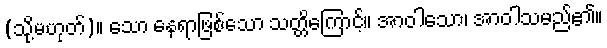
(သို့မဟုတ်)။ သော နေရာဖြစ်သော သတ္တိကြောင့်။ အာဝါသော၊ အာဝါသမည်၏။